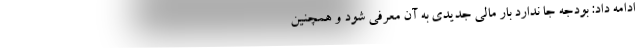
ادامه داد: بودجه جا ندارد بار مالی جدیدی به آن معرفی شود و همچنین